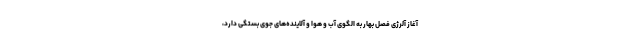
آغاز آلرژی فصل بهار به الگوی آب و هوا و آلاینده‌های جوی بستگی دارد،